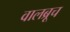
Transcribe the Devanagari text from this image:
वालब्रूच